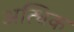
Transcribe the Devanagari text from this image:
अत्धिक